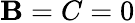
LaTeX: \mathbf{B}=C=0